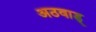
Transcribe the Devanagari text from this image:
अठवाड्